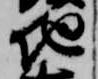
地